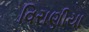
વિરાણીયા